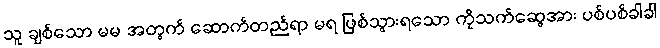
သူ ချစ်သော မမ အတွက် ဆောက်တည်ရာ မရ ဖြစ်သွားရသော ကိုသက်ဆွေအား ပစ်ပစ်ခါခါ